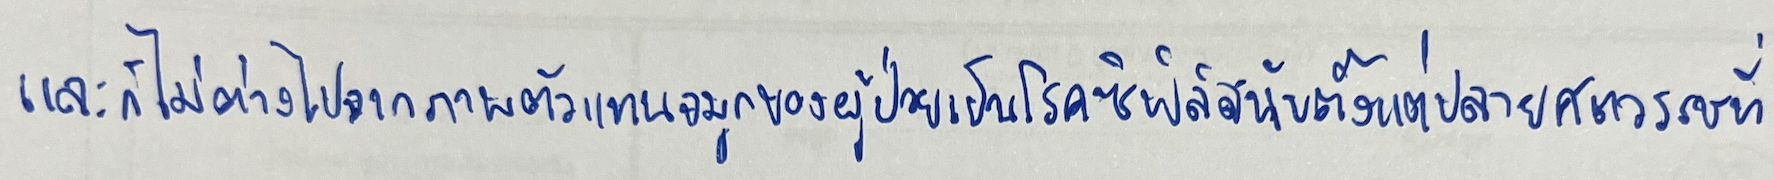
และก็ไม่ต่างไปจากภาพตัวแทนจมูกของผู้ป่วยเป็นโรคซิฟิลิสนับตั้งแต่ปลายศตวรรษที่